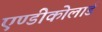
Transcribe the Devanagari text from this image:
एण्डीकोलार्ड